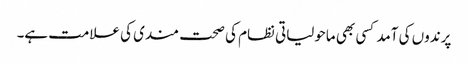
پرندوں کی آمد کسی بھی ماحولیاتی نظام کی صحت مندی کی علامت ہے۔